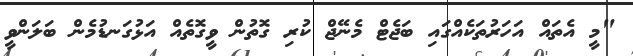
"މީ އެތައް އަހަރުތަކެއްގައި ބަޖެޓް މެނޭޖް ކުރި ގޮތުން ވީގޮތެއް އަޅުގަނޑުމެން ބަލަންވީ